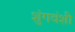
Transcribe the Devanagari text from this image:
शुंगवंशी